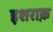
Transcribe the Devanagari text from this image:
इशराक़